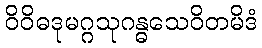
ဝိဝိဓဒုမဂ္ဂသုဂန္ဓသေဝိတမိဒံ